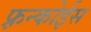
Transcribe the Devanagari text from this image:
फ़्रन्कोईस